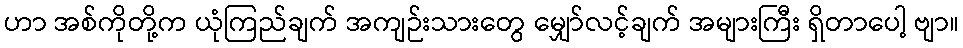
ဟာ အစ်ကိုတို့က ယုံကြည်ချက် အကျဉ်းသားတွေ မျှော်လင့်ချက် အများကြီး ရှိတာပေါ့ ဗျာ။